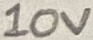
Text: 10V